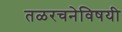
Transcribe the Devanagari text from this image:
तळरचनेविषयी